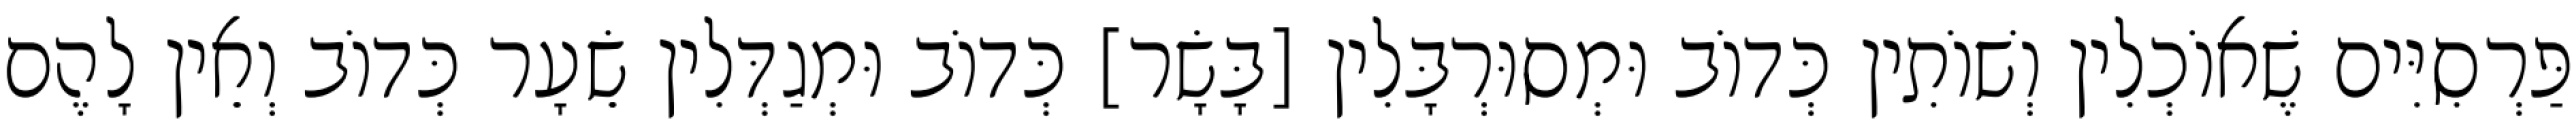
פַּרְסִיִּים שֶׁאוֹכְלִין וְשׁוֹתִין כְּדוֹב וּמְסוּרְבָּלִין [בָּשָׂר] כְּדוֹב וּמְגַדְּלִין שֵׂעָר כְּדוֹב וְאֵין לָהֶם